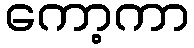
ကော့ကာ